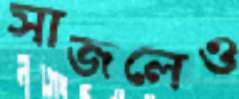
সাজলেও